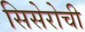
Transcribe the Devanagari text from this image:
सिसेरोची